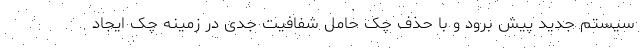
سیستم جدید پیش برود و با حذف چک حامل شفافیت جدی در زمینه چک ایجاد